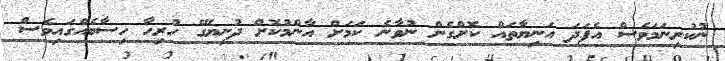
ނުކުރިނަމަވެސް އެފަދަ އަނިޔާތައް ކޮށްގެން ނުވާނެ ކަމަށް އާންމުކޮށް ދުނިޔޭގެ ހުރިހާ ހިސާބެއްގައިވެސް